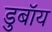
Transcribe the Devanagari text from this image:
डुबॉय